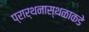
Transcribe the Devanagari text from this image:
प्रार्थनास्थळाकडे